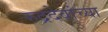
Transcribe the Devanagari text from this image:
रुद्रदेवांच्या